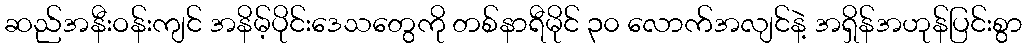
ဆည်အနီးဝန်းကျင် အနိမ့်ပိုင်းဒေသတွေကို တစ်နာရီမိုင် ၃၀ လောက်အလျင်နဲ့ အရှိန်အဟုန်ပြင်းစွာ